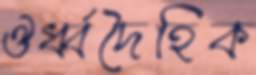
ঔর্ধ্বদৈহিক